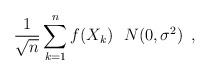
LaTeX: \begin{align*}\frac{1}{\sqrt{n}} \sum_{k=1}^n f(X_k) ~~ N(0, \sigma^2) ~\,,\end{align*}